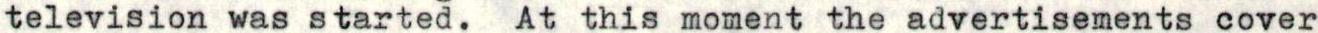
television was started. At this moment the advertisements cover